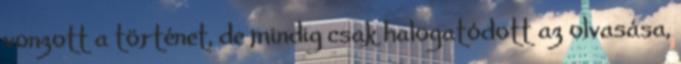
vonzott a történet, de mindig csak halogatódott az olvasása,